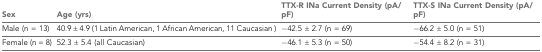
| Sex | Age (yrs) | TTX-R INa Current Density (pA/pF) | TTX-S INa Current Density (pA/pF) |
 | --- | --- | --- | --- |
 | Male (n = 13) | 40.9 ± 4.9 (1 Latin American, 1 African American, 11 Caucasian ) | −42.5 ± 2.7 (n = 69) | −66.2 ± 5.0 (n = 51) |
 | Female (n = 8) | 52.3 ± 5.4 (all Caucasian) | −46.1 ± 5.3 (n = 50) | −54.4 ± 8.2 (n = 31) |